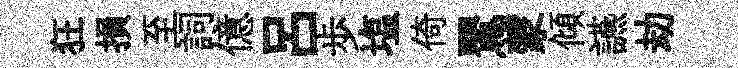
狂損至詞億呂歩塩倚鸎蒙傾讌劫